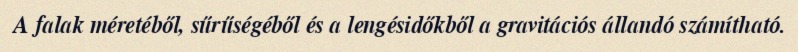
A falak méretéből, sűrűségéből és a lengésidőkből a gravitációs állandó számítható.